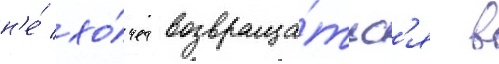
н'е́ хо́чет возвраща́тьс'я в